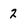
Character: 2